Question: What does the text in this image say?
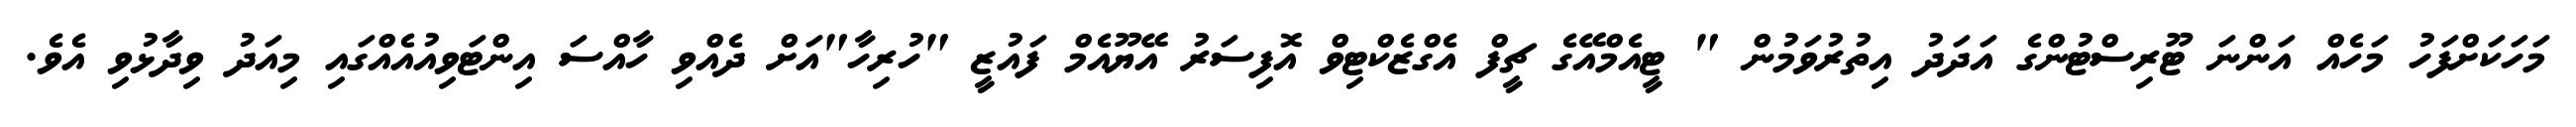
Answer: މަހަކަށްފަހު މަހެއް އަންނަ ޓޫރިސްޓުންގެ އަދަދު އިތުރުވަމުން " ޓީއެމްއޭގެ ޗީފް އެގްޒެކްޓިވް އޮފިސަރު އޭޔޫއެމް ފައުޒީ "ހުރިހާ"އަށް ދެއްވި ހާއްސަ އިންޓަވިއުއެއްގައި މިއަދު ވިދާޅުވި އެވެ.